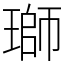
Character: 瑡